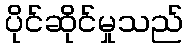
ပိုင်ဆိုင်မှုသည်